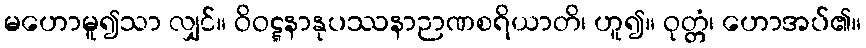
မဟောမူ၍သာ လျှင်။ ဝိဝဋ္ဋနာနုပဿနာဉာဏစရိယာတိ၊ ဟူ၍။ ဝုတ္တံ၊ ဟောအပ်၏။